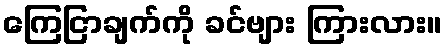
ကြေငြာချက်ကို ခင်ဗျား ကြားလား။